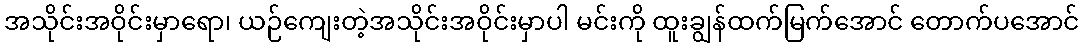
အသိုင်းအဝိုင်းမှာရော၊ ယဉ်ကျေးတဲ့အသိုင်းအဝိုင်းမှာပါ မင်းကို ထူးချွန်ထက်မြက်အောင် တောက်ပအောင်